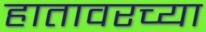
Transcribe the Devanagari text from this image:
हातावरच्या